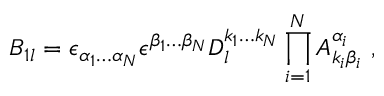
{ \cal B } _ { 1 l } = \epsilon _ { \alpha _ { 1 } \ldots \alpha _ { N } } \epsilon ^ { \beta _ { 1 } \ldots \beta _ { N } } D _ { l } ^ { k _ { 1 } \ldots k _ { N } } \prod _ { i = 1 } ^ { N } A _ { k _ { i } \beta _ { i } } ^ { \alpha _ { i } } \ ,